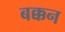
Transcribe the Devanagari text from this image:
बक्कन